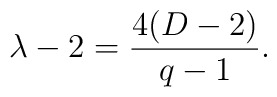
\lambda -2=\frac{4(D-2)}{q-1}.